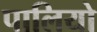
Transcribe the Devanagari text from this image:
पालियो